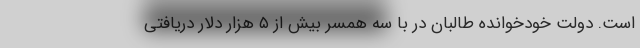
است. دولت خودخوانده طالبان در با سه همسر بیش از ۵ هزار دلار دریافتی